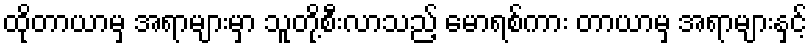
ထိုတာယာမှ အရာများမှာ သူတို့စီးလာသည့် မောရစ်ကား တာယာမှ အရာများနှင့်